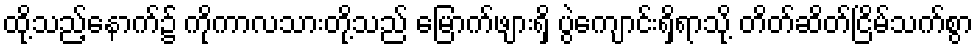
ထို့သည့်နောက်၌ ကိုကာလသားတို့သည် မြောက်ဖျားရှိ ပွဲကျောင်းရှိရာသို့ တိတ်ဆိတ်ငြိမ်သက်စွာ